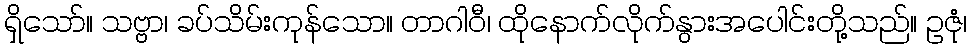
ရှိသော်။ သဗ္ဗာ၊ ခပ်သိမ်းကုန်သော။ တာဂါဝီ၊ ထိုနောက်လိုက်နွားအပေါင်းတို့သည်။ ဥဇုံ၊